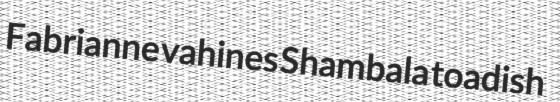
Fabrianne vahines Shambala toadish